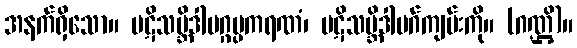
အနက်ရှိသော။ ပဋိသမ္ဘိဒါမဂ္ဂပ္ပကရဏံ၊ ပဋိသမ္ဘိဒါမဂ်ကျမ်းကို။ (ဂဏ္ဌိ)။